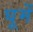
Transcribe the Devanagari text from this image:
घूमें